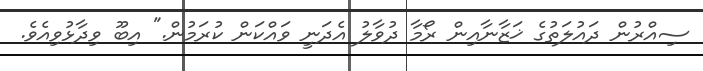
ސިއްރުން ދައުލަތުގެ ޚަޒާނާއިން ރޯމާ ދުވާލު އެދަނީ ވައްކަން ކުރަމުން." އިބޫ ވިދާޅުވިއެވެ.